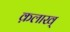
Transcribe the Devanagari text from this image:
क़लाख्‌